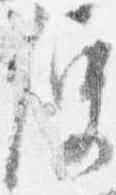
便